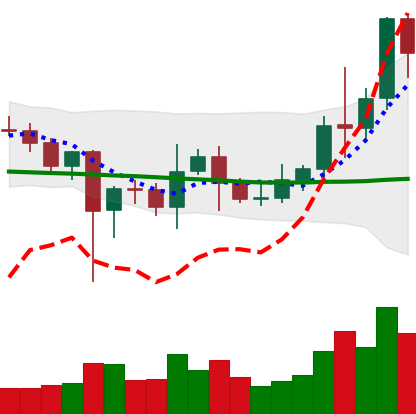
Ticker: LINK-USD
Chart end date: 2021-01-07
Forward return: -13.199%
Label: down_7plus